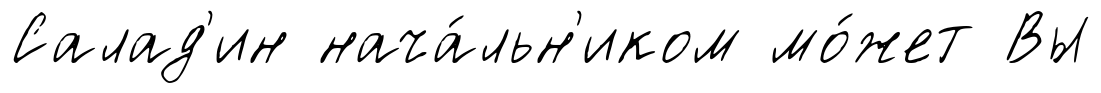
Салад'ин нача́льн'иком мо́жет Вы